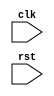
module timing_control_and_synchronization(
    input wire clk,
    input wire rst,
    // Other input and output ports as needed
);

// Define any required signals and parameters here

// Clock domain management logic
// Clock domain crossing logic
// Synchronization logic
// Buffering logic
// Signal timing constraints

// Add your code here

endmodule